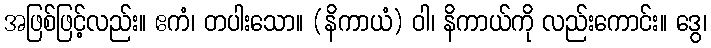
အဖြစ်ဖြင့်လည်း။ ဧကံ၊ တပါးသော။ (နိကာယံ) ဝါ၊ နိကာယ်ကို လည်းကောင်း။ ဒွေ၊